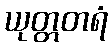
ယုတ္တတရံ